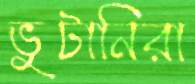
ভুটানিরা